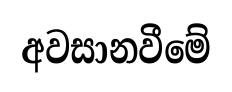
අවසානවීමේ